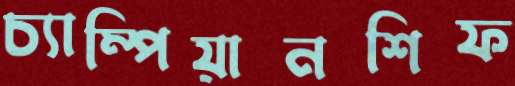
চ্যাম্পিয়ানশিফ